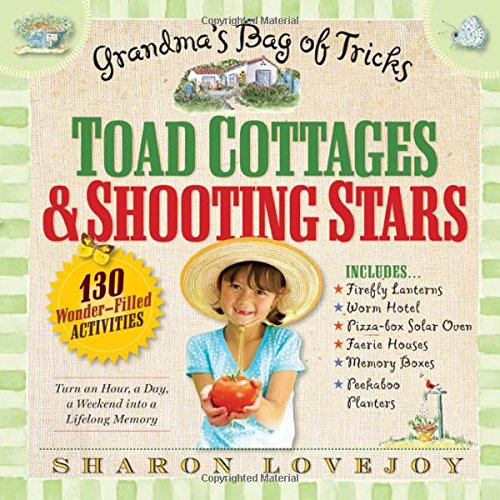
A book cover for Toad Cottages and Shooting Stars: Grandma's Bag of Tricks; Sharon Lovejoy; Crafts, Hobbies & Home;